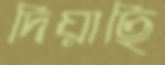
দিয়াছি